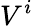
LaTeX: V^{i}